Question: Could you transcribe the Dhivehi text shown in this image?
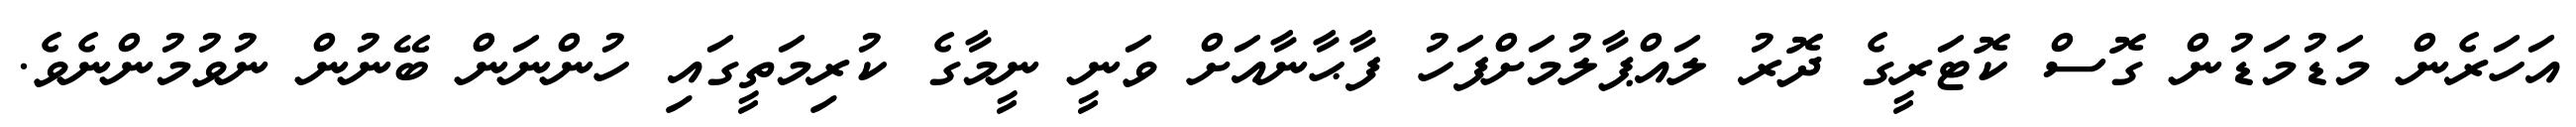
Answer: އަހަރެން މަޑުމަޑުން ގޮސް ކޮޓަރީގެ ދޮރު ލައްޕާލުމަށްފަހު ފާޙާނާއަށް ވަނީ ނީމާގެ ކުރިމަތީގައި ހުންނަން ބޭނުން ނުވުމުންނެވެ.